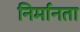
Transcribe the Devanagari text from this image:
निर्मानता